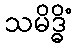
သမိဒ္ဓိံ